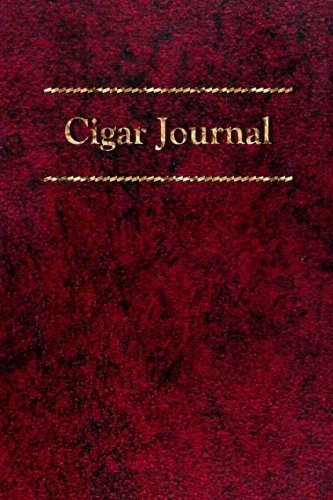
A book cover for Cigar Journal: For The Discerning Aficionado; Scott A Rossell; Humor & Entertainment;